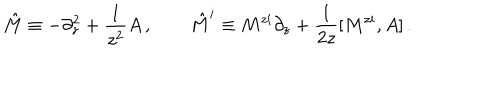
\hat { M } \equiv - \partial _ { z } ^ { 2 } + \frac { 1 } { z ^ { 2 } } A \, , \qquad \hat { M } ^ { i } \equiv M ^ { z i } \partial _ { z } + \frac { 1 } { 2 z } [ M ^ { z i } , A ] \, .